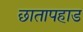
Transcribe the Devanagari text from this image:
छातापहाड